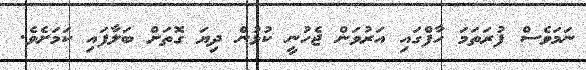
ނަމަވެސް ފުރަތަމަ ހާފްގައި އަރުވަން ޖެހުނީ ކުޅުން ދިޔަ ގޮތަށް ބަލާފައި ކަމަށެވެ.